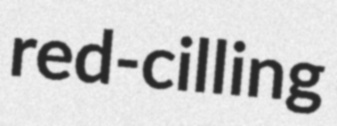
red-cilling